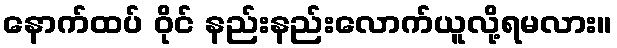
နောက်ထပ် ဝိုင် နည်းနည်းလောက်ယူလို့ရမလား။